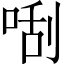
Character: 𠵯